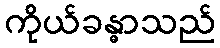
ကိုယ်ခန္ဓာသည်